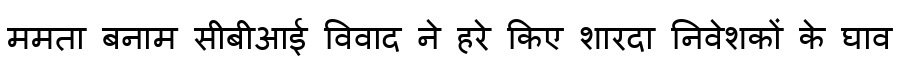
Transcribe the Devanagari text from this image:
ममता बनाम सीबीआई विवाद ने हरे किए शारदा निवेशकों के घाव